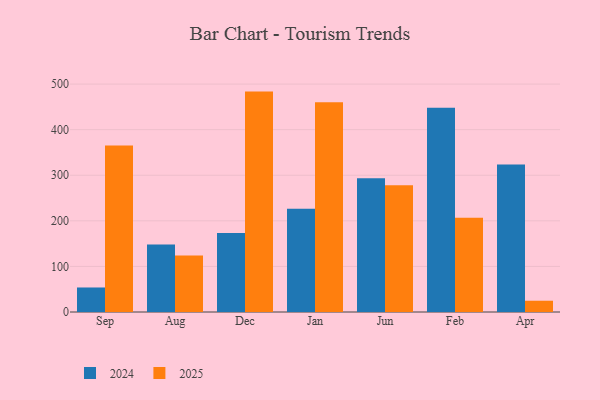
{"axis": {"x": "Month", "y": "Inventory Turnover"}, "legend": ["2024", "2025"], "data": [{"x": "Sep", "y": 365.5, "type": "2025"}, {"x": "Sep", "y": 53.8, "type": "2024"}, {"x": "Aug", "y": 123.9, "type": "2025"}, {"x": "Aug", "y": 147.9, "type": "2024"}, {"x": "Dec", "y": 483.5, "type": "2025"}, {"x": "Dec", "y": 173.3, "type": "2024"}, {"x": "Jan", "y": 459.9, "type": "2025"}, {"x": "Jan", "y": 226.3, "type": "2024"}, {"x": "Jun", "y": 277.8, "type": "2025"}, {"x": "Jun", "y": 293.5, "type": "2024"}, {"x": "Feb", "y": 206.6, "type": "2025"}, {"x": "Feb", "y": 448.3, "type": "2024"}, {"x": "Apr", "y": 24.7, "type": "2025"}, {"x": "Apr", "y": 323.6, "type": "2024"}]}